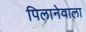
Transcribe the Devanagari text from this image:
पिलानेवाला